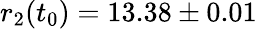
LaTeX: r_{2}(t_{0})=13.38\pm 0.01